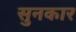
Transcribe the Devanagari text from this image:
सुनकार